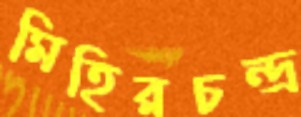
মিহিরচন্দ্র